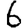
Digit: 6